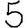
Digit: 5